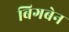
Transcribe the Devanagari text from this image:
बिगबेन